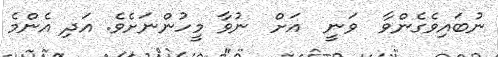
ނުބައިވެގެންވާ  ވަނީ  އަށް  ނުވާ މީހުންނަށެވެ. އަދި އެންމެ